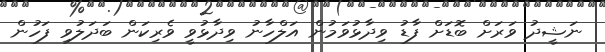
ނަޝީދު ވަރަށް ބޮޑަށް ފާޑު ވިދާޅުވަމުން އަލްހާނު ވިދާޅުވީ ވެރިކަން ބަދަލުވި ފަހުން